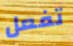
تفعل